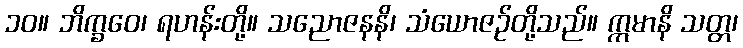
၁၀။ ဘိက္ခဝေ၊ ရဟန်းတို့။ သညောဇနနိ၊ သံယောဇဉ်တို့သည်။ ဣမာနိ သတ္တ၊